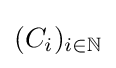
(C_{i})_{i\in \mathbb {N} }